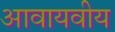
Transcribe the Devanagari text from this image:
आवायवीय